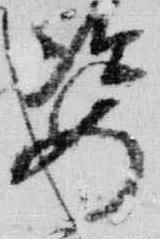
姿